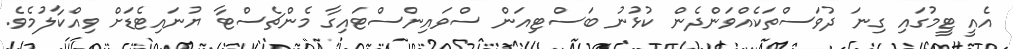
އެއީ ޓީމުގައި ގިނަ ދުވަސްތަކެއްވަންދެން ކުޅުނު ބަސްޓިއަން ސްވައިންސްޓައިގާ މެންޗެސްޓާ ޔުނައިޓެޑަށް ވިއްކާލުމެވެ.